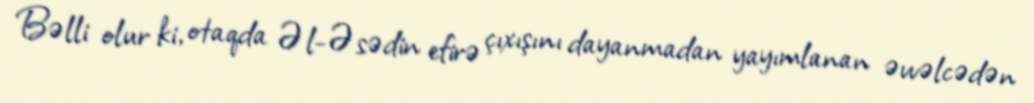
Bəlli olur ki, otaqda Əl-Əsədin efirə çıxışını dayanmadan yayımlanan əvvəlcədən